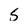
Character: 5